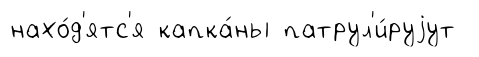
нахо́д'ятс'я капка́ны патрул'и́руjут